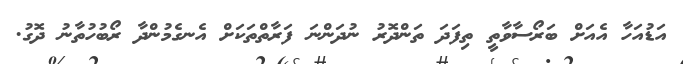
އަޑުއަހާ އެއަށް ބަރޯސާވާތީ ތިފަދަ ތަންދޮރު ނުދަންނަ ފަރާތްތަކަށް އެނގެމުންދާ ރޯބުހުތާނު ދޮގު.